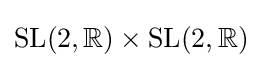
{\text{SL}}(2,\mathbb {R} )\times {\text{SL}}(2,\mathbb {R} )